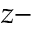
z -